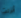
أنزلت